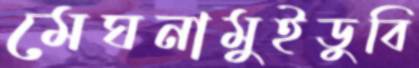
মেঘনামুইডুবি